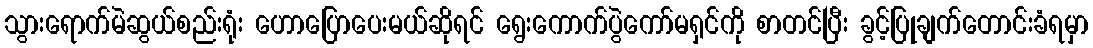
သွားရောက်မဲဆွယ်စည်းရုံး ဟောပြောပေးမယ်ဆိုရင် ရွေးကောက်ပွဲကော်မရှင်ကို စာတင်ပြီး ခွင့်ပြုချက်တောင်းခံရမှာ